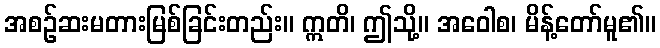
အစဉ်ဆးမတားမြစ်ခြင်းတည်း။ ဣတိ၊ ဤသို့။ အဝေါစ၊ မိန့်တော်မူ၏။